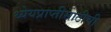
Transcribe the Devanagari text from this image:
ध्येयप्राप्तीसाठीची